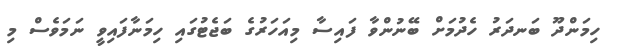
ހިމަންދޫ ބަނދަރު ހެދުމަށް ބޭނުންވާ ފައިސާ މިއަހަރުގެ ބަޖެޓުގައި ހިމަނާފައިވީ ނަމަވެސް މި